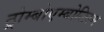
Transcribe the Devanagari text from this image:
ठ्रोम्बोएम्बोलिस्म